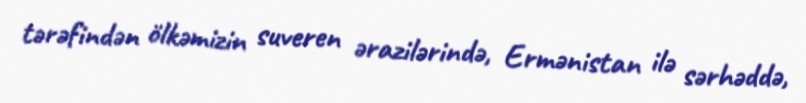
tərəfindən ölkəmizin suveren ərazilərində, Ermənistan ilə sərhəddə,